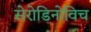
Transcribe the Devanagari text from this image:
सेरोडिनोविच